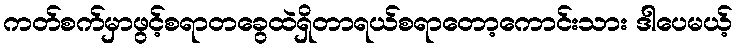
ကတ်စက်မှာဖွင့်စရာတခွေထဲရှိတာရယ်စရာတော့ကောင်းသား ဒါပေမယ့်